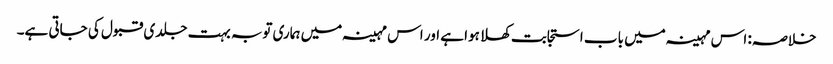
خلاصہ: اس مہینہ میں باب استجابت کھلا ہوا ہے اور اس مہینہ میں ہماری توبہ بہت جلدی قبول کی جاتی ہے۔